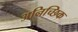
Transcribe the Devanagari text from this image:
अनिच्छिक